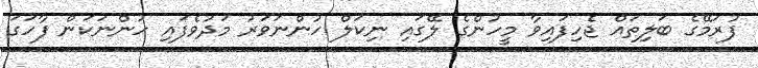
ފުރަމޭގެ ބަލިތައް ޖެހިފައިވާ މީހުންގެ ލޭގައި ނިކަލް ހުންނަވަރު މަދުވެފައި ހުންނަކަން ފާހަގަ